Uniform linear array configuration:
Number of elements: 16
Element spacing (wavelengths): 0.75
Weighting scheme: binomial
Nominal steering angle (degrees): -60
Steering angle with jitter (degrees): -61.906
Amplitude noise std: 0.05
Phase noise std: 0.05

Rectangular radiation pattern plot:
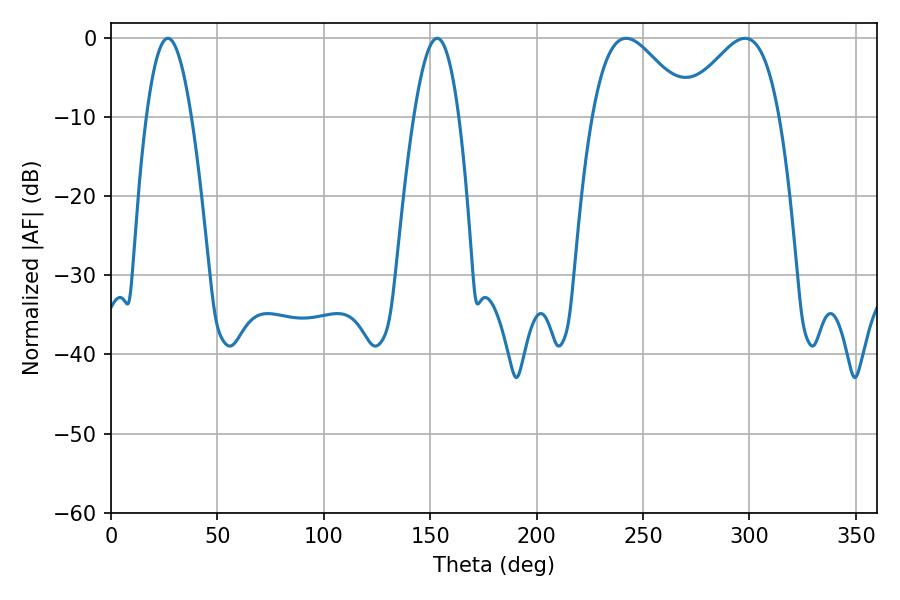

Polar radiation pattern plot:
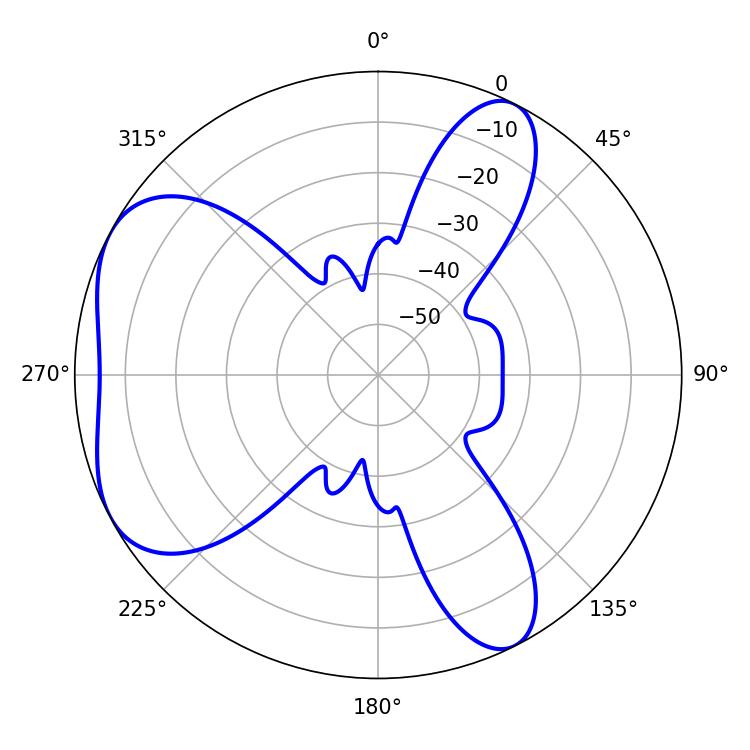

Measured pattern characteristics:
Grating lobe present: TRUE
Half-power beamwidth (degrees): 24.48
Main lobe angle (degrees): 242.1